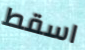
اسقط